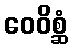
ဝေဝိစ္ဆံ